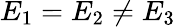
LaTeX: E_{1}=E_{2}\neq E_{3}